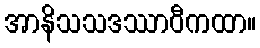
အာနိသသဒဿာဝီကထာ။